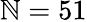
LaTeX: \mathbb{N}=51